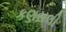
કણસલી